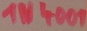
Text: 1N4001